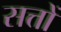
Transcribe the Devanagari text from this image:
सत्तों